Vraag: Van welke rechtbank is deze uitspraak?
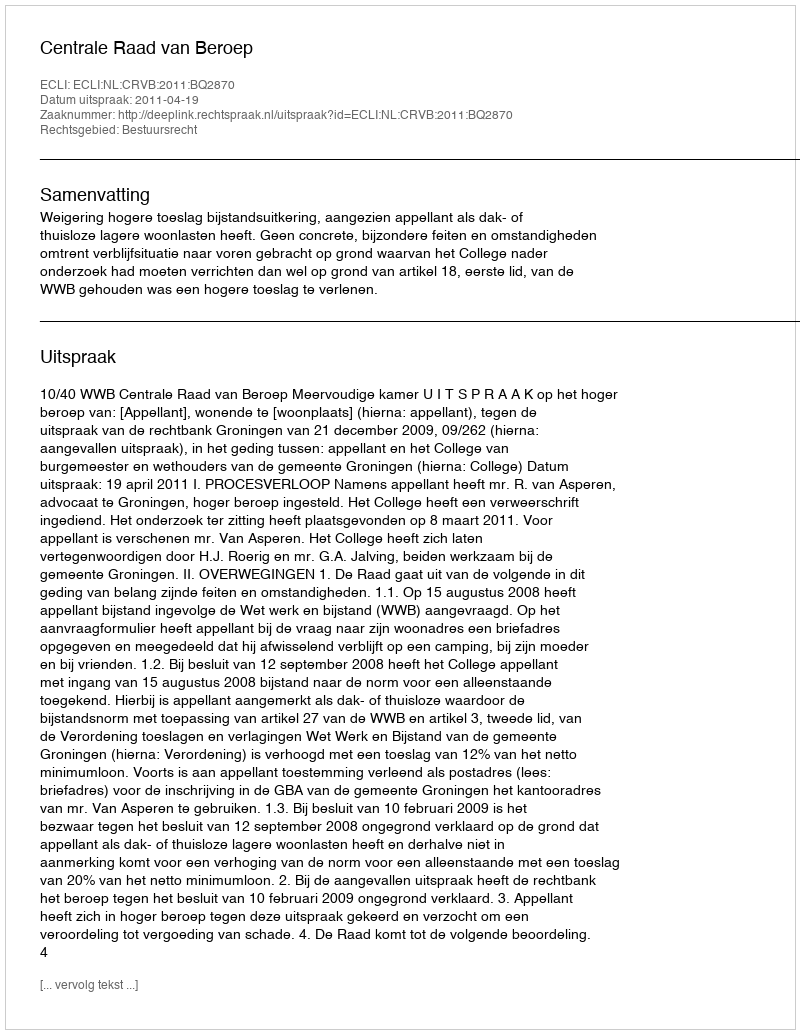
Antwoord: Centrale Raad van Beroep